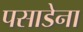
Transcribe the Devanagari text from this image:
पसाडेना